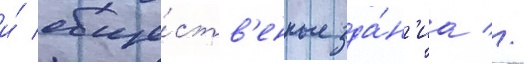
и́ обще́ств'енные зда́н'иа //